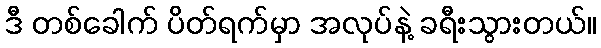
ဒီ တစ်ခေါက် ပိတ်ရက်မှာ အလုပ်နဲ့ ခရီးသွားတယ်။